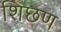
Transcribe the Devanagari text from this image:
शिछण